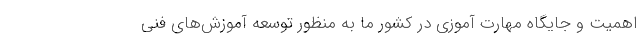
اهمیت و جایگاه مهارت آموزی در کشور ما به منظور توسعه آموزش‌های فنی